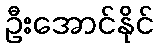
ဦးအောင်နိုင်